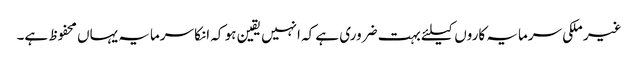
غیر ملکی سرمایہ کاروں کیلئے بہت ضروری ہے کہ انہیں یقین ہو کہ انکا سرمایہ یہاں محفوظ ہے۔